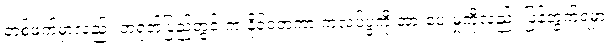
တစ်ဖက်မှာလည်း တရုတ်ပြည်တွင်းက နိုင်ငံတကာ ကလပ်ပွဲကို အားပေးမှုကိုလည်း ပြန်တွက်ရမှာ